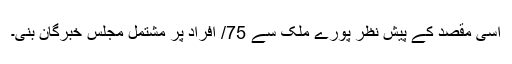
اسی مقصد کے پیش نظر پورے ملک سے 75/ افراد پر مشتمل مجلس خبرگان بنی۔